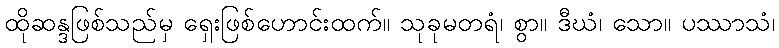
ထိုဆန္ဒဖြစ်သည်မှ ရှေးဖြစ်ဟောင်းထက်။ သုခုမတရံ၊ စွာ။ ဒီဃံ၊ သော။ ပဿာသံ၊